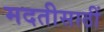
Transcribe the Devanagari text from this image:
मदतीसाठीं